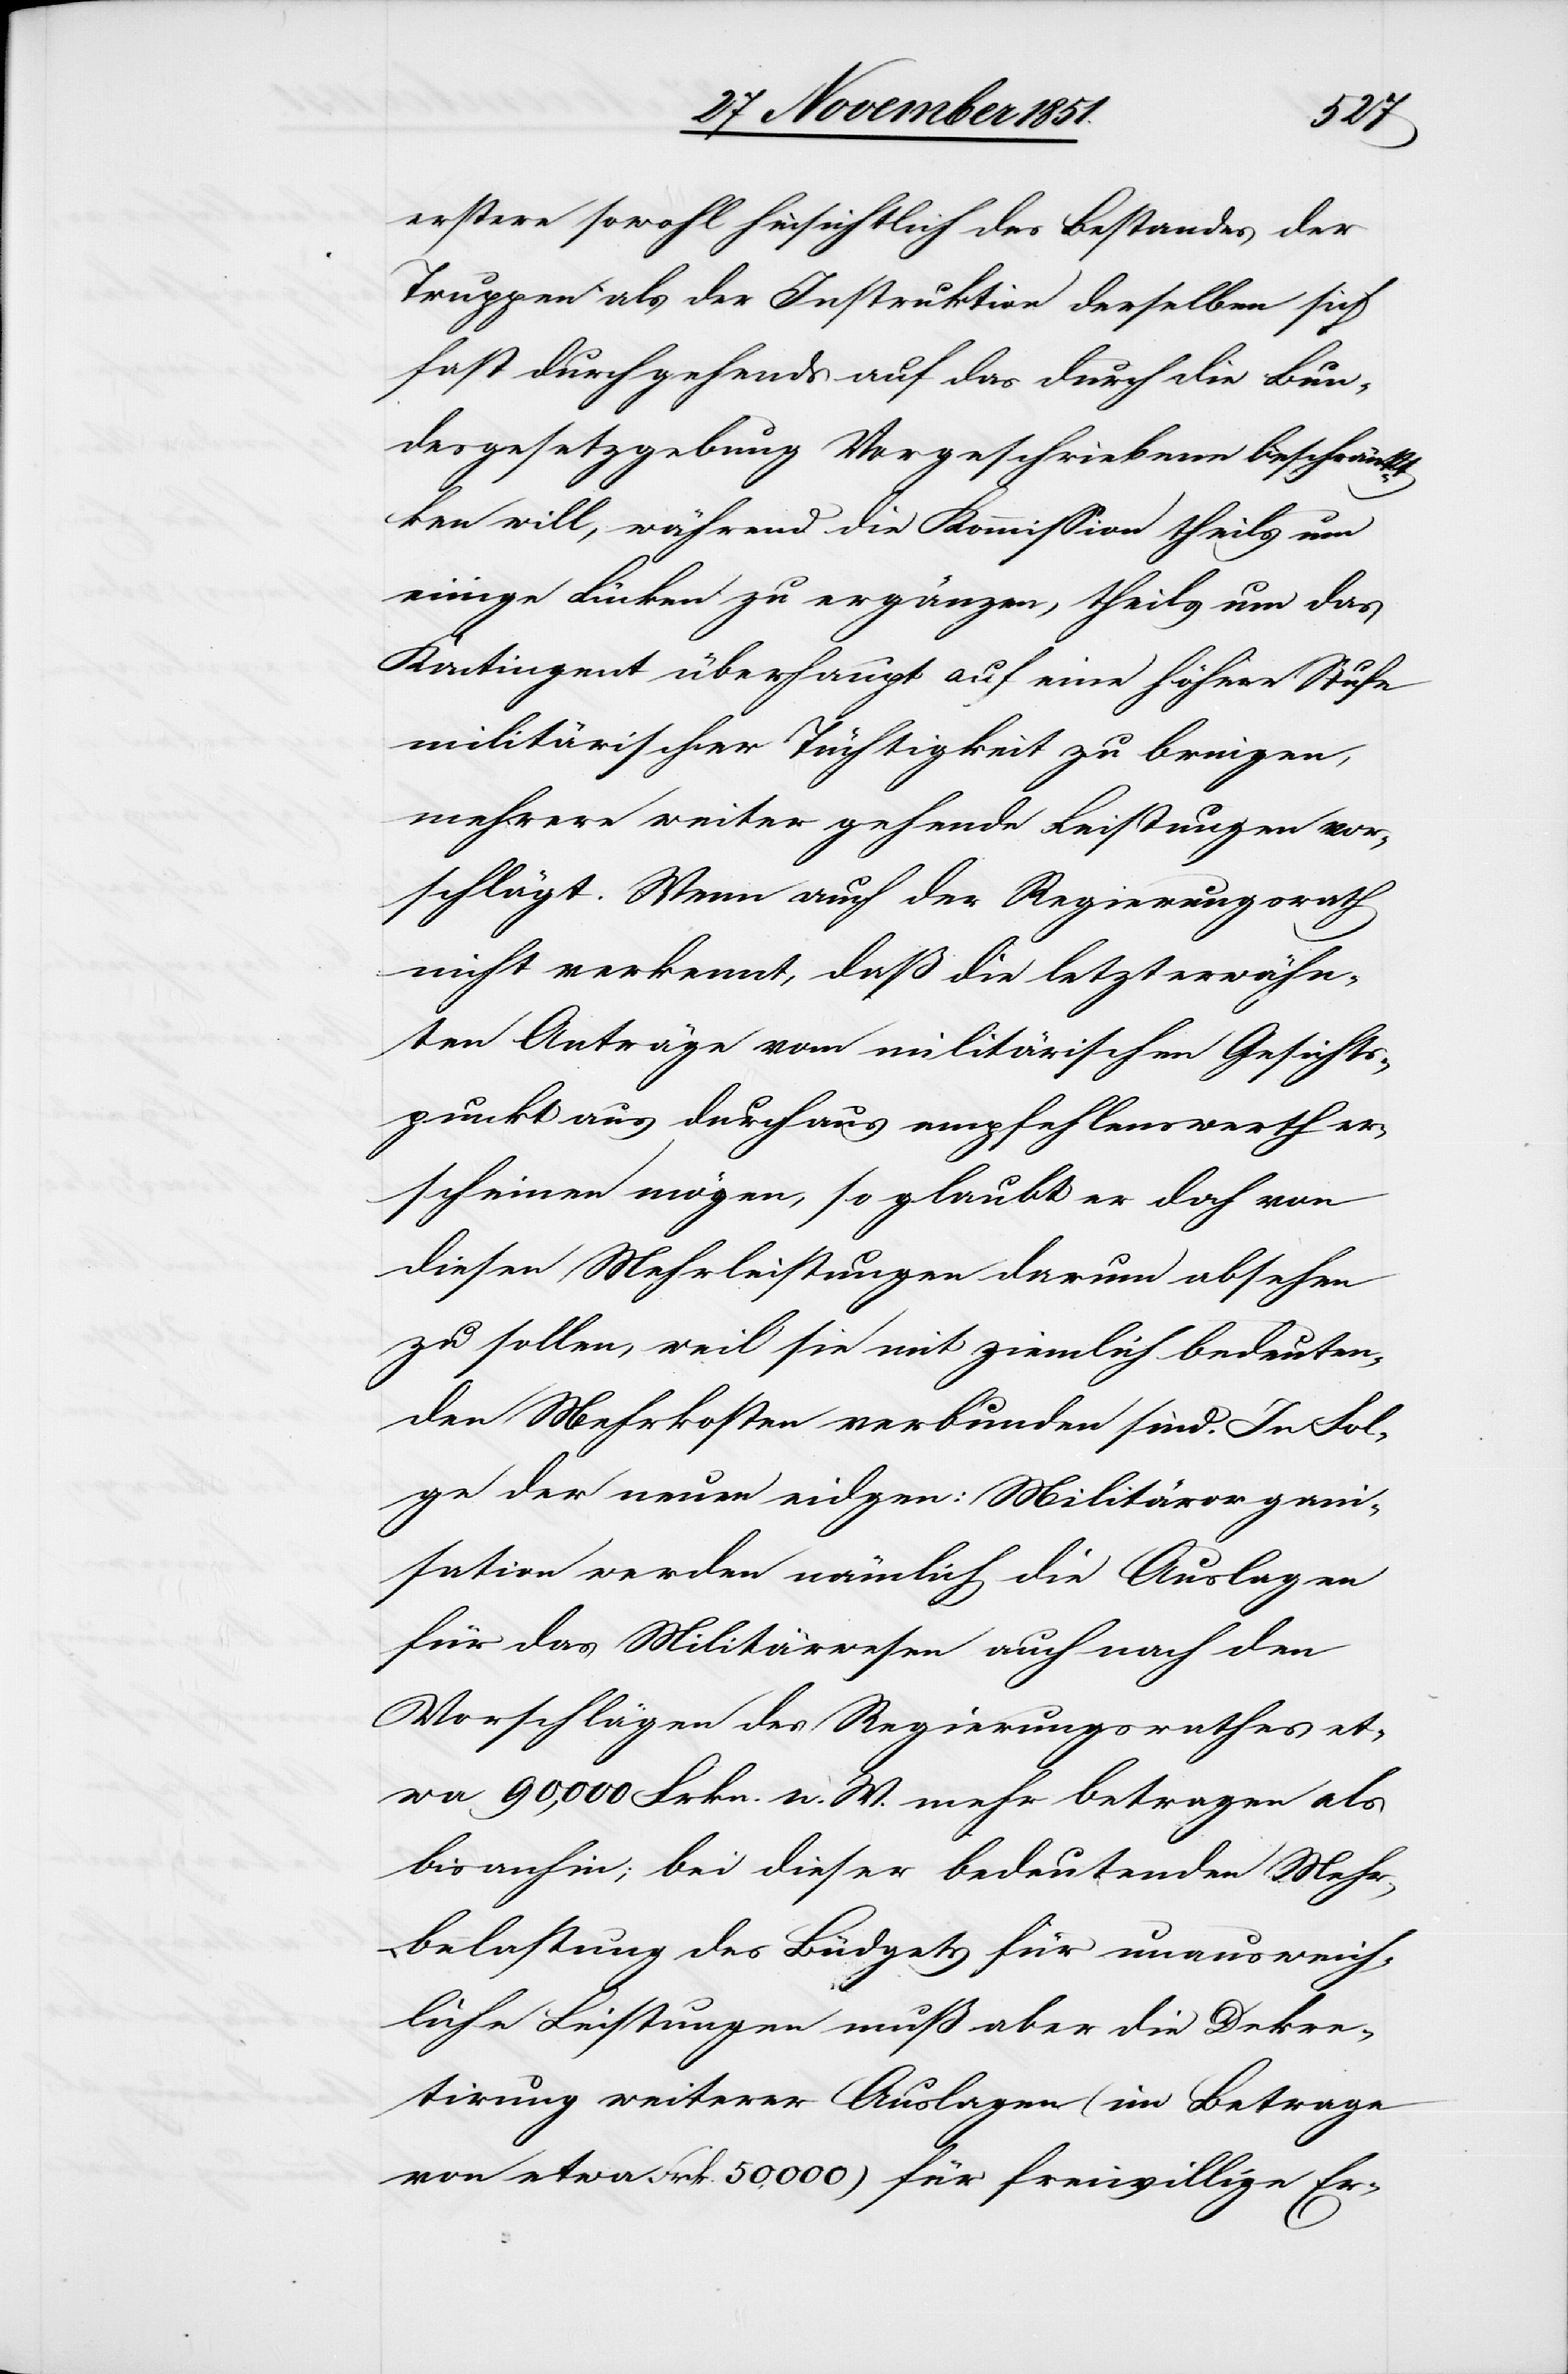
erstere sowohl hinsichtlich des Bestandes der
Truppen als der Instruktion derselben sich
fast durchgehends auf das durch die Bun¬
desgesetzgebung Vorgeschriebene beschränktken
will, während die Kommission theils um
einige Lücken zu ergänzen, theils um das
Kontingent überhaupt auf eine höhere Stufe
militärischer Tüchtigkeit zu bringen,
mehrere weiter gehende Leistungen vor¬
schlägt. Wenn auch der Regierungsrath
nicht verkennt, daß die letzterwähn¬
ten Anträge vom militärischen Gesichts¬
punkt aus durchaus empfehlenswerth er¬
scheinen mögen, so glaubt er doch von
diesen Mehrleistungen darum absehen
zu sollen, weil sie mit ziemlich bedeuten¬
den Mehrkosten verbunden sind. In Fol¬
ge der neuen eidgen: Militärorgani¬
sation werden nämlich die Auslagen
für das Militärwesen auch nach den
Vorschlägen des Regierungsrathes et¬
wa 90,000 Frkn. n. W. mehr betragen als
bisanhin; bei dieser bedeutenden Mehr¬
belastung des Büdgets für unausweich¬
liche Leistungen muß aber die Dekre¬
tirung weiterer Auslagen (im Betrage
von etwa Frk. 50,000) für freiwillige Er-